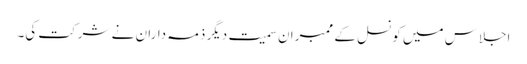
اجلاس میں کونسل کے ممبران سمیت دیگر ذمہ داران نے شرکت کی۔